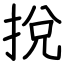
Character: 挩